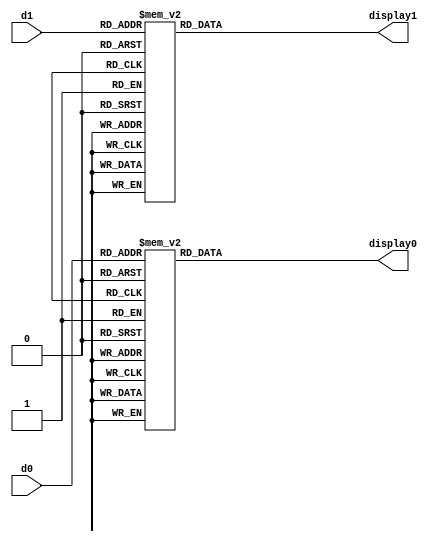
`timescale 1ns / 1ps
//////////////////////////////////////////////////////////////////////////////////
// Company: 
// Engineer: 
// 
// Design Name: 
// Module Name: SSD_Decoder
// Project Name: 
// Target Devices: 
// Tool Versions: 
// Description: 
// 
// Dependencies: 
// 
// Revision:
// Revision 0.01 - File Created
// Additional Comments:
// 
//////////////////////////////////////////////////////////////////////////////////


module SSD_Decoder(
     d0,
     d1,
     display0,
     display1
    );
    input  [3:0] d0;
    input  [3:0] d1;
    output reg [7:0] display0;
    output reg [7:0] display1;
    
    always@(d0)
        case(d0)
        4'd0 : display0 = 8'b00000011; //0
        4'd1 : display0 = 8'b10011111; //1
        4'd2 : display0 = 8'b00100101; //2
        4'd3 : display0 = 8'b00001101; //3
        4'd4 : display0 = 8'b10011001; //4
        4'd5 : display0 = 8'b01001001; //5
        4'd6 : display0 = 8'b01000001 ; //6
        4'd7 : display0 = 8'b00011111 ; //7
        4'd8 : display0 = 8'b00000001 ; //8
        4'd9 : display0 = 8'b00001001; //9
        default : display0 = 8'b01110001; //F
        endcase
        
    always@(d1)
        case(d1)
        4'd0 : display1 = 8'b00000011; //0
        4'd1 : display1 = 8'b10011111; //1
        4'd2 : display1 = 8'b00100101; //2
        4'd3 : display1 = 8'b00001101; //3
        4'd4 : display1 = 8'b10011001; //4
        4'd5 : display1 = 8'b01001001; //5
        4'd6 : display1 = 8'b01000001 ; //6
        4'd7 : display1 = 8'b00011111 ; //7
        4'd8 : display1 = 8'b00000001 ; //8
        4'd9 : display1 = 8'b00001001; //9
        default : display1 = 8'b01110001; //F
        endcase
endmodule